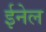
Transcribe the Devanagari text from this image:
ईनेल